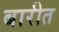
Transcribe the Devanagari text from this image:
बारीत